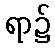
ရာ၌